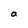
Character: a